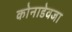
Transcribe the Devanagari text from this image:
कोनाडेवजा